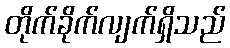
တိုက်ခိုက်လျက်ရှိသည်